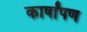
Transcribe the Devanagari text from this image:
कार्षांपण